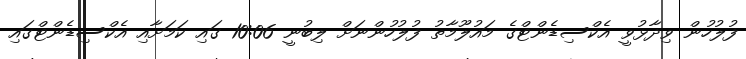
ފުލުހުން ވިދާޅުވީ އެކްސިޑެންޓްގެ މައުލޫމާތު ފުލުހުންނަށް ލިބުނީ 10:06 ގައި ކަމަށާއި އެކްސިޑެންޓްގައި